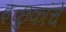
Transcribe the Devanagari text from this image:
इच्छुकांचे